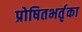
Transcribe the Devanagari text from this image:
प्रोषितभर्तृका